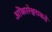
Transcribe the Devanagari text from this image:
ओंकारेश्वराकडे